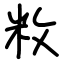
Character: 敉